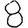
Digit: 8